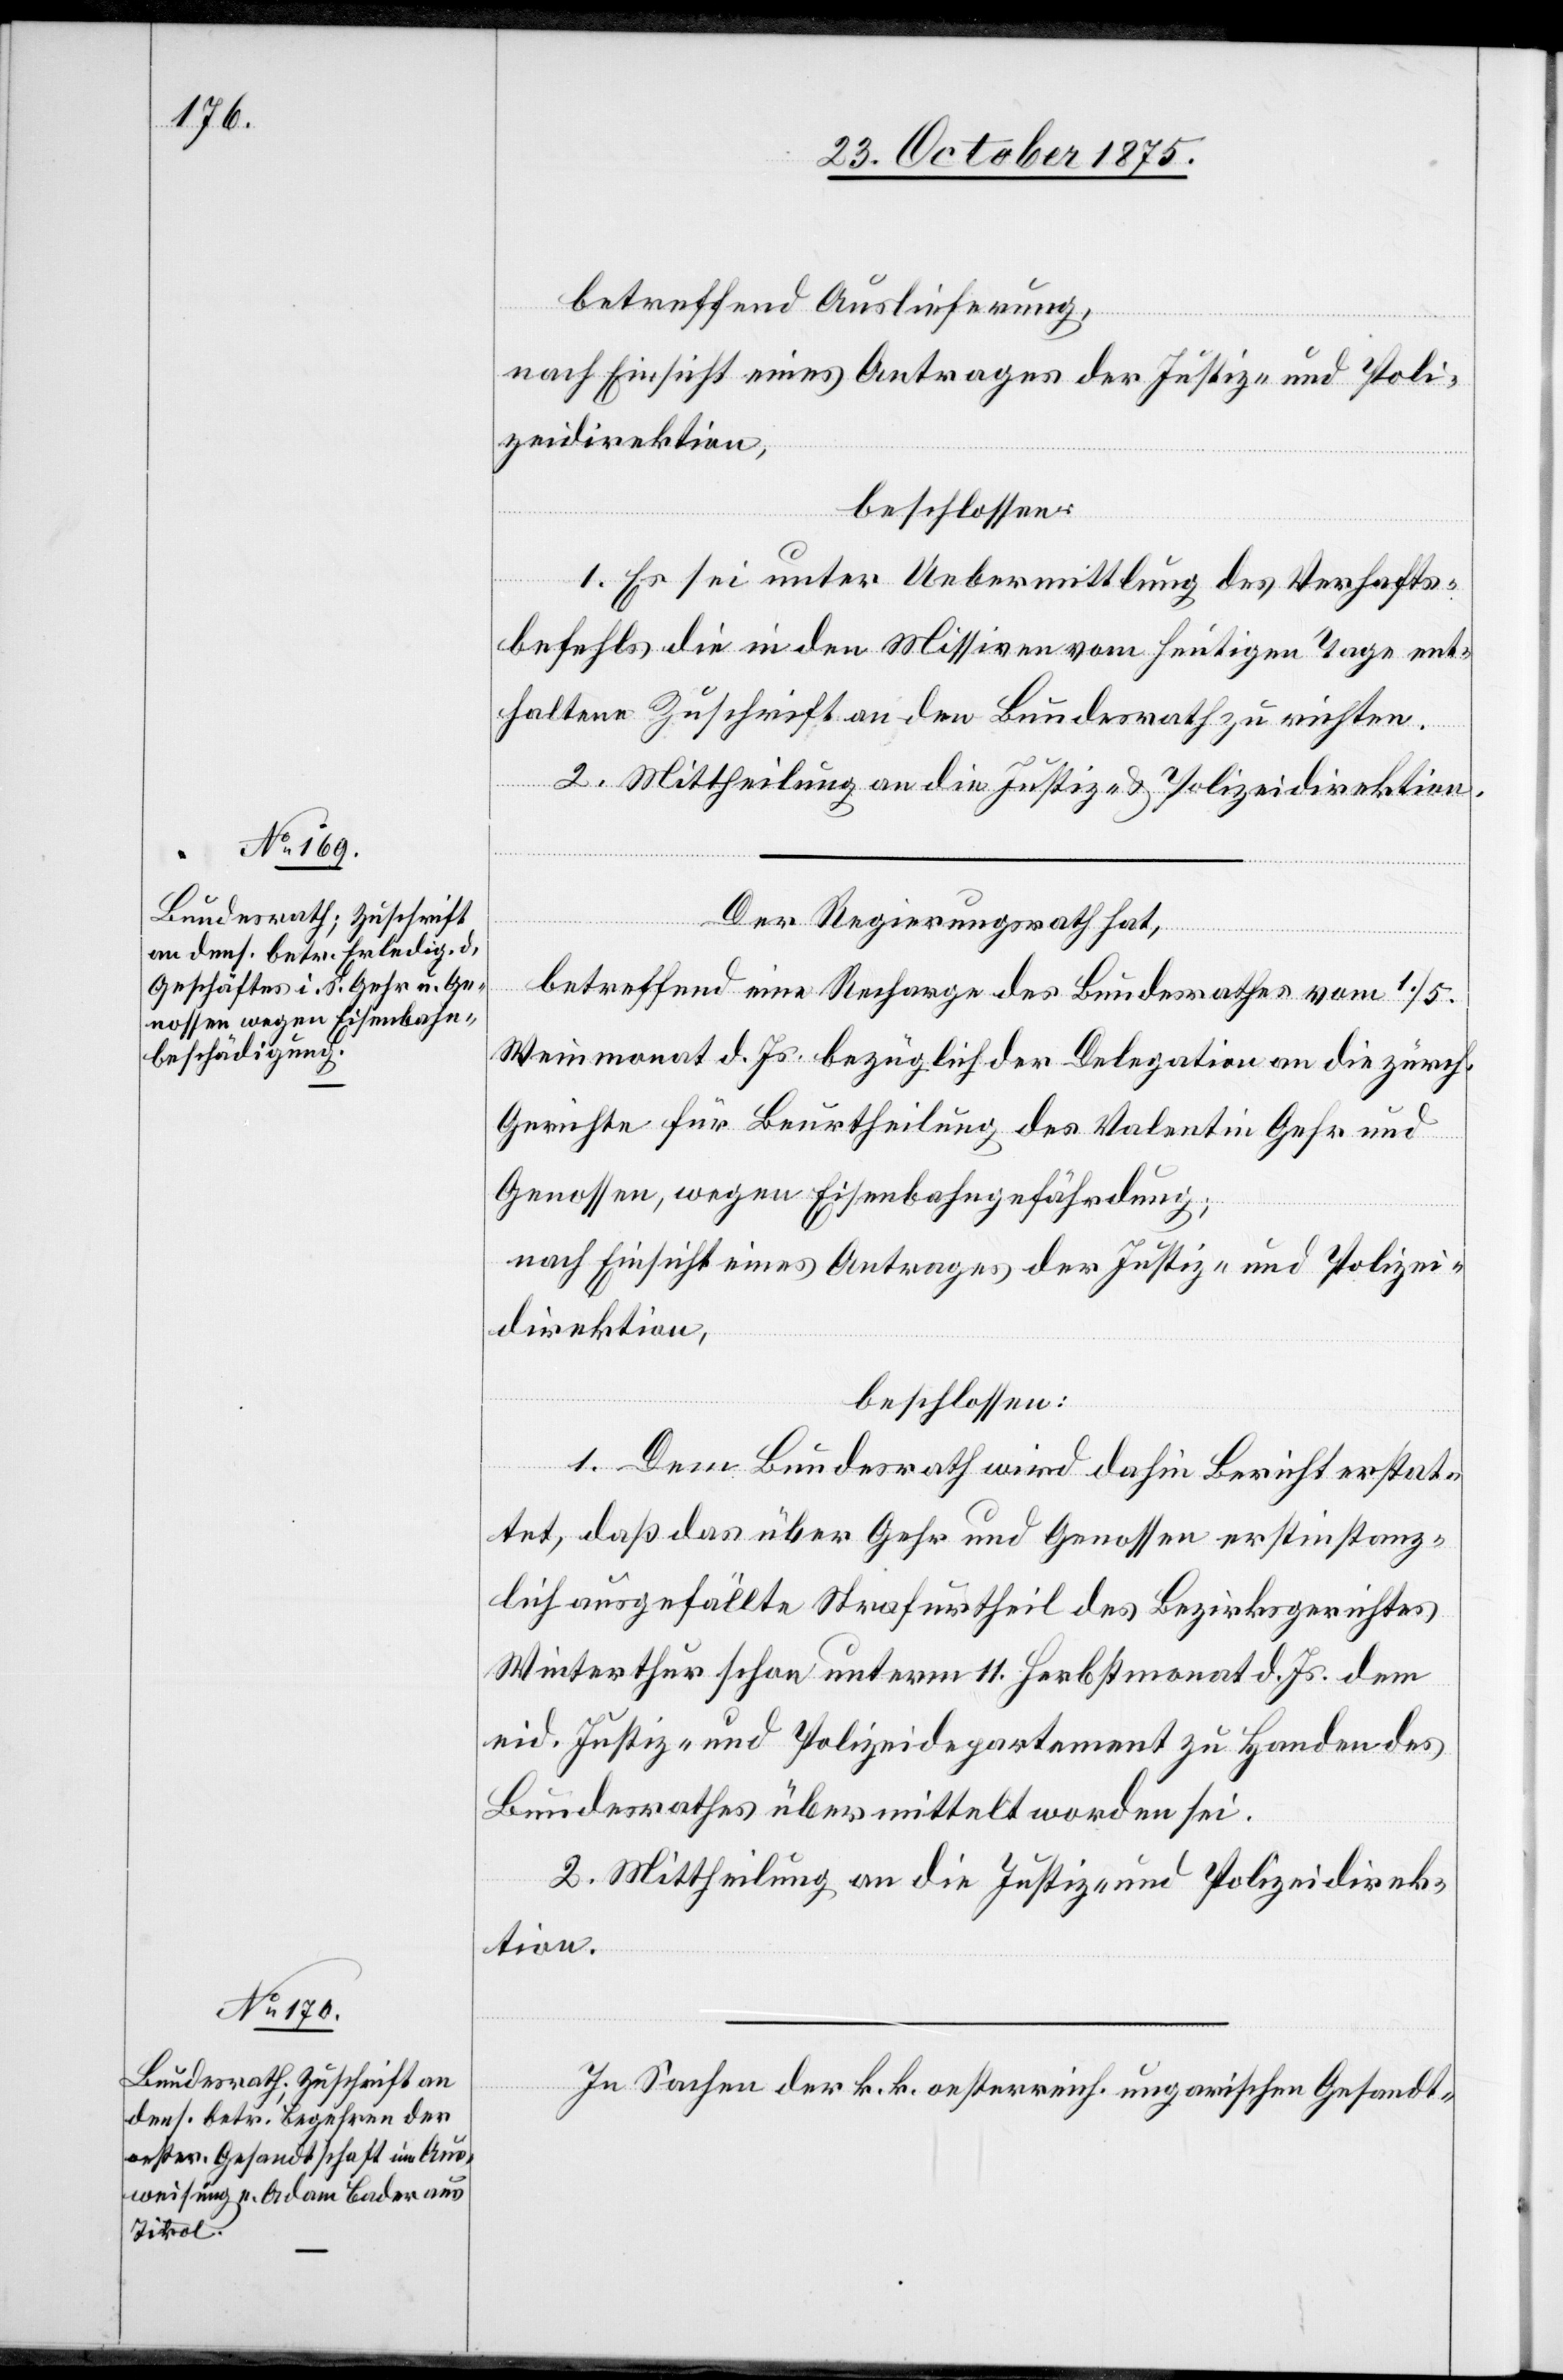
betreffend Auslieferung
1. Es sei unter Uebermittlung des Verhafts¬
befehls die in den Missiven vom heutigen Tage ent¬
haltene Zuschrift an den Bundesrath zu richten.
2. Mittheilung an die Justiz- & Polizeidirektion.
Der Regierungsrath hat,
betreffend eine Recharge des Bundesrathes vom 1./5.
Weinmonat d. Js. bezüglich der Delegation an die zürch.
Gerichte für Beurtheilung des Valentin Gehr und
Genossen, wegen Eisenbahngefährdung;
nach Einsicht eines Antrages der Justiz- und Polizei¬
direktion,
beschlossen:
1. Dem Bundesrath wird dahin Bericht erstat¬
tet, daß das über Gehr und Genossen erstinstanz¬
lich ausgefällte Strafurtheil des Bezirksgerichtes
Winterthur schon unterm 11. Herbstmonat d. Js. dem
eid. Justiz- und Polizeidepartement zu Handen des
Bundesrathes übermittelt worden sei.
2. Mittheilung an die Justiz- und Polizeidirek¬
tion.
In Sachen der k. k. oesterreich.[-]ungarischen Gesandt-